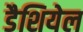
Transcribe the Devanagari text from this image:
डैशियेल